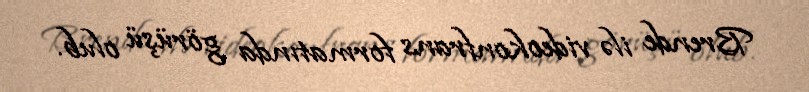
Brende ilə videokonfrans formatında görüşü olub.